Burma Government Medical School reports 1923-41
Year: 1923
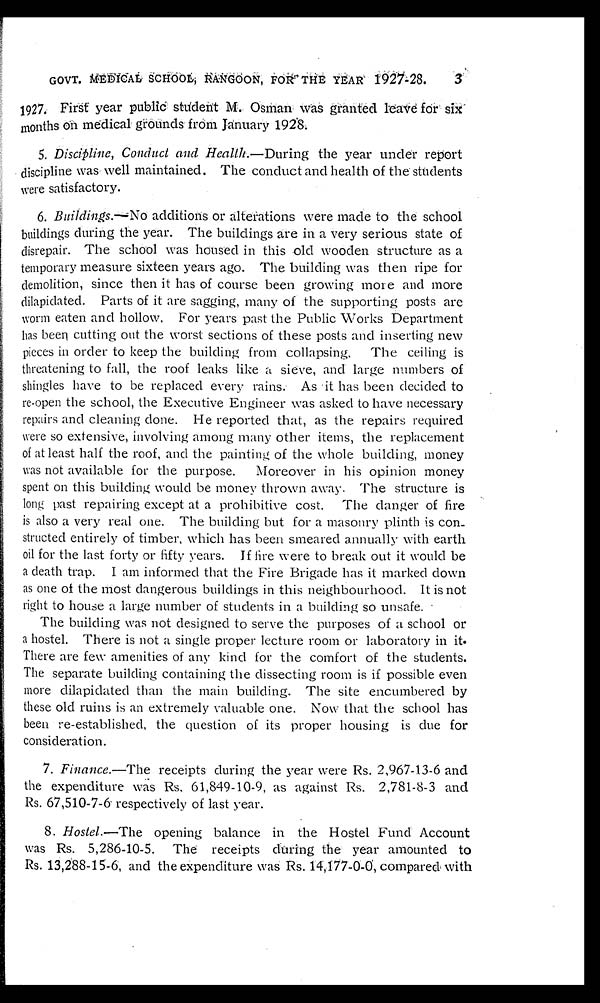
GOVT. MEDICAL SCHOOL, RANGOON, FOR THE YEAR 1927-28 .
1927. First year public student M. Osman was granted leave for six
months on medical grounds from January 1928.
5. Discipline, Conduct and Health.— During the year under report
discipline was well maintained. The conduct and health of the students
were satisfactory.
6. Buildings.— No additions or alterations were made to the school
buildings during the year. The buildings are in a very serious state of
disrepair. The school was housed in this old wooden structure as a
temporary measure sixteen years ago. The building was then ripe for
demolition, since then it has of course been growing more and more
dilapidated. Parts of it are sagging, many of the supporting posts are
worm eaten and hollow. For years past the Public Works Department
has been cutting out the worst sections of these posts and inserting new
pieces in order to keep the building from collapsing. The ceiling is
threatening to fall, the roof leaks like a sieve, and large numbers of
shingles have to be replaced every rains. As it has been decided to
re-open the school, the Executive Engineer was asked to have necessary
repairs and cleaning done. He reported that, as the repairs required
were so extensive, involving among many other items, the replacement
of at least half the roof, and the painting of the whole building, money
was not available for the purpose. Moreover in his opinion money
spent on this building would be money thrown away. The structure is
long past repairing except at a prohibitive cost. The danger of fire
is also a very real one. The building but for a masonry plinth is con-
structed entirely of timber, which has been smeared annually with earth
oil for the last forty or fifty years. If fire were to break out it would be
a death trap. I am informed that the Fire Brigade has it marked down
as one of the most dangerous buildings in this neighbourhood. It is not
right to house a large number of students in a building so unsafe.
The building was not designed to serve the purposes of a school or
a hostel. There is not a single proper lecture room or laboratory in it.
There are few amenities of any kind for the comfort of the students.
The separate building containing the dissecting room is if possible even
more dilapidated than the main building. The site encumbered by
these old ruins is an extremely valuable one. Now that the school has
been re-established, the question of its proper housing is due for
consideration.
7. Finance.—The receipts during the year were Rs. 2,967-13-6 and
the expenditure was Rs. 61,849-10-9, as against Rs. 2,781-8-3 and
Rs. 67,510-7-6 respectively of last year.
8. Hostel.—The opening balance in the Hostel Fund Account
was Rs. 5,286-10-5. The receipts during the year amounted to
Rs. 13,288-15-6, and the expenditure was Rs. 14,177-0-0, compared with
3